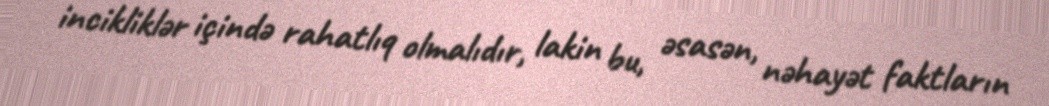
incikliklər içində rahatlıq olmalıdır, lakin bu, əsasən, nəhayət faktların